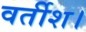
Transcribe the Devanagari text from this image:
वर्तीश।